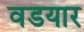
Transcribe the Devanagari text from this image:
वडयार